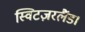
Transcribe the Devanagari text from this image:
स्विटज़रलैंड।